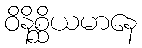
ဝိနိစ္ဆိယမာနေ